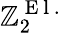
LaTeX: \mathbb{Z}_{2}^{\mathrm{~E~l~.~}}